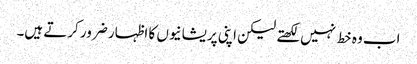
اب وہ خط نہیں لکھتے لیکن اپنی پریشانیوں کا اظہار ضرور کرتے ہیں۔